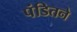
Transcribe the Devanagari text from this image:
पंडितने